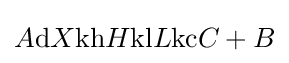
A{\text{d}}X{\text{kh}}H{\text{kl}}L{\text{kc}}C+B